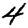
Digit: 4